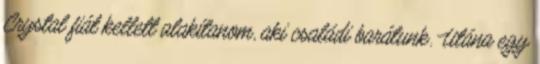
Crystal fiát kellett alakítanom, aki családi barátunk. Utána egy